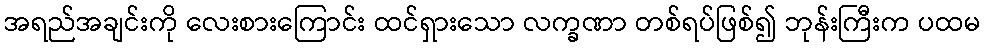
အရည်အချင်းကို လေးစားကြောင်း ထင်ရှားသော လက္ခဏာ တစ်ရပ်ဖြစ်၍ ဘုန်းကြီးက ပထမ